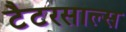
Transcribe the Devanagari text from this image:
टैटरसाल्स